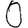
Digit: 0